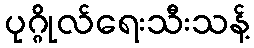
ပုဂ္ဂိုလ်ရေးသီးသန့်